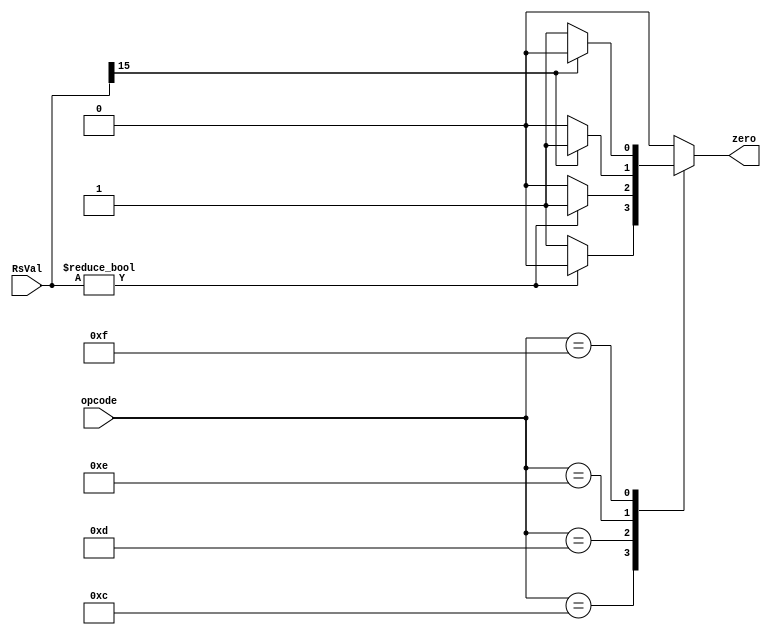
module branch_ALU(opcode, RsVal, zero);

input [4:0] opcode;
input [15:0] RsVal;
output wire zero;

reg zeroWire;

always @(*) begin
	case(opcode)
		5'b01100: zeroWire = RsVal ? 0 : 1; //BEQZ
		5'b01101: zeroWire = RsVal ? 1 : 0; //BNEZ
		5'b01110: zeroWire = (RsVal[15]) ? 1 : 0; //BLTZ
		5'b01111: zeroWire = (RsVal[15]) ? 0 : 1; //BGEZ
		default: zeroWire = 0;
	endcase
end

assign zero = zeroWire;
			
endmodule